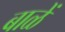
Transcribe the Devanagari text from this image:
बाळें